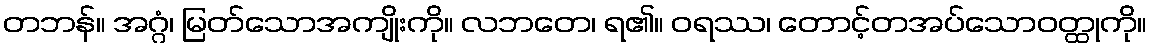
တဘန်။ အဂ္ဂံ၊ မြတ်သောအကျိုးကို။ လဘတေ၊ ရ၏။ ဝရဿ၊ တောင့်တအပ်သောဝတ္ထုကို။